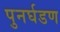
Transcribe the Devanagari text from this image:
पुनर्घडण